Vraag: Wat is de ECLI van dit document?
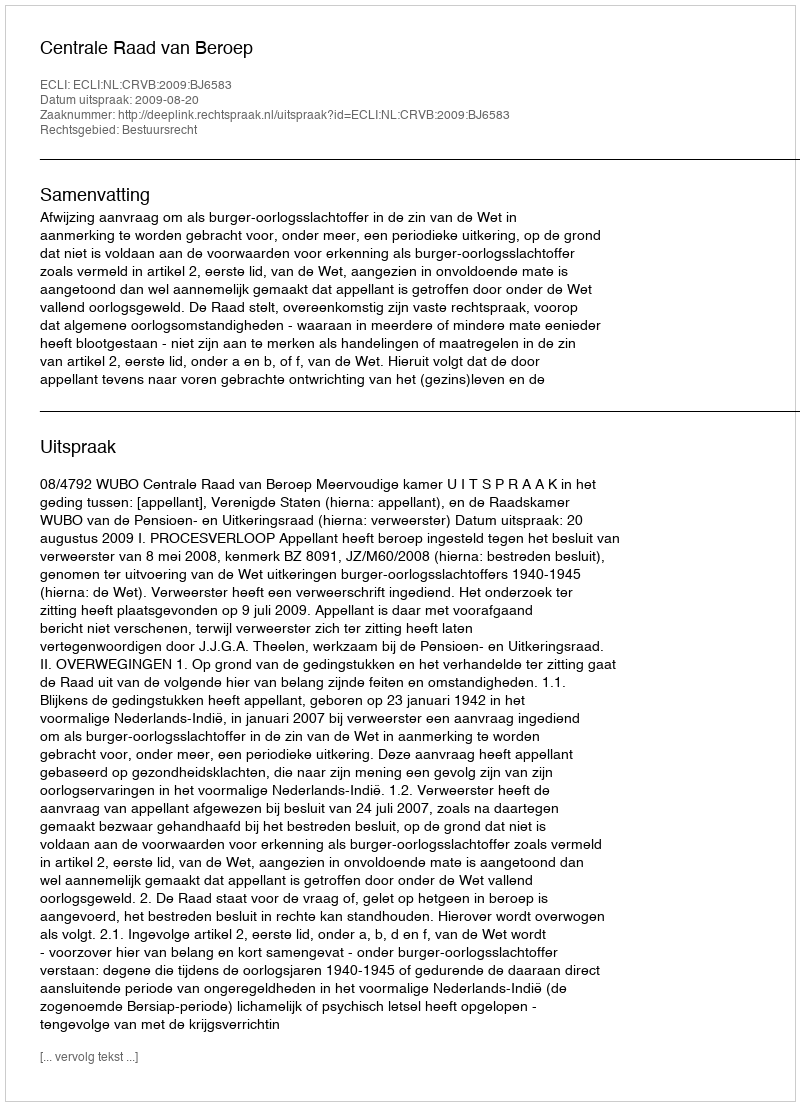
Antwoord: ECLI:NL:CRVB:2009:BJ6583